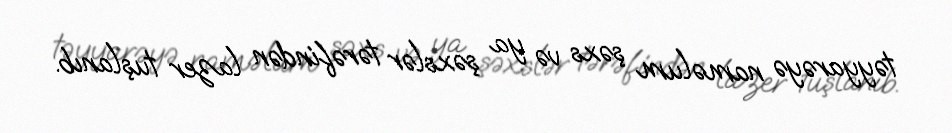
təyyarəyə naməlum şəxs və ya şəxslər tərəfindən lazer tuşlanıb.